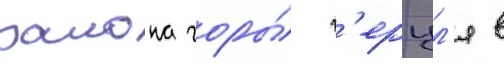
раиона горы́ г'ерцл'я в